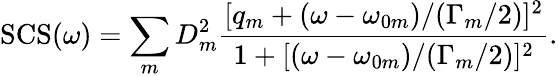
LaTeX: \mathrm{SCS}(\omega)=\sum_{m}D_{m}^{2}\frac{[q_{m}+(\omega-\omega_{0m})/(\Gamma_{m}/2)]^{2}}{1+[(\omega-\omega_{0m})/(\Gamma_{m}/2)]^{2}}.